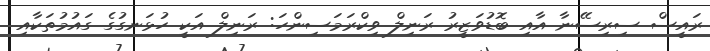
ރައީސް ސިރިސޭނާ އާއި ބޮޑުވަޒީރު ރަނިލް ވިކްރަމަސިންހަ: ރަނިލް އަކީ ހުޅަނގުގެ ގައުމުތަކާއި